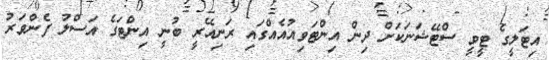
އިޓަލީގެ ޓީވީ ސްޓޭޝަނަކަށް ދިން އިންޓަވިއުއެއްގައި ރަނިއޭރީ ބުނީ އިންޓަގެ އަސްލު ފެންވަރު